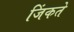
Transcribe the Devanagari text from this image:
जिंकते